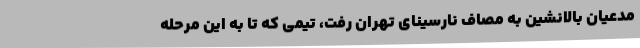
مدعیان بالانشین به مصاف نارسینای تهران رفت، تیمی که تا به این مرحله